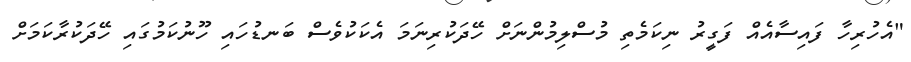
"އެހުރިހާ ފައިސާއެއް ފަގީރު ނިކަމެތި މުސްލިމުންނަށް ހޭދަކުރިނަމަ އެކަކުވެސް ބަނޑުހައި ހޫނުކަމުގައި ހޭދަކުރާކަމަށް